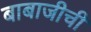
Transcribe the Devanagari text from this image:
बाबाजीची